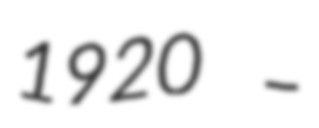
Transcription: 1920 –